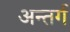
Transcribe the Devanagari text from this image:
अन्तर्ग